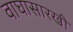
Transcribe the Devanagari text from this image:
वाघासारखी